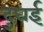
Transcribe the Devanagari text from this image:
दुघई